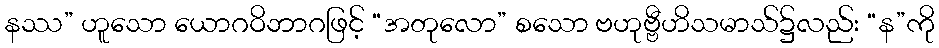
နဿ” ဟူသော ယောဂဝိဘာဂဖြင့် “အတုလော” စသော ဗဟုဗ္ဗီဟိသမာသ်၌လည်း “န”ကို